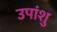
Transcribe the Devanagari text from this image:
उपांशु